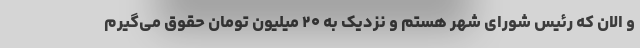
و الان که رئیس شورای شهر هستم و نزدیک به ۲۰ میلیون تومان حقوق می‌گیرم